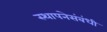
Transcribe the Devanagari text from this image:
स्थापनेसंबंधी